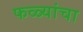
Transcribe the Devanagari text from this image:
फळ्यांचा